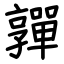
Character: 嚲